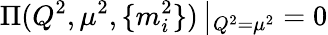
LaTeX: \Pi(Q^{2},\mu^{2},\{ m_{i}^{2}\} )\left|_{Q^{2}=\mu^{2}}=0\right.